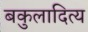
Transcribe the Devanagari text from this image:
बकुलादित्य